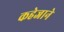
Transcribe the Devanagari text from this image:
कहेजाने